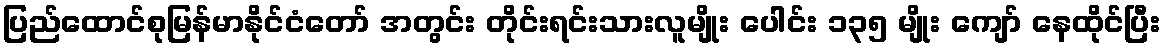
ပြည်ထောင်စုမြန်မာနိုင်ငံတော် အတွင်း တိုင်းရင်းသားလူမျိုး ပေါင်း ၁၃၅ မျိုး ကျော် နေထိုင်ပြီး